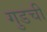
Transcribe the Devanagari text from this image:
गुडची